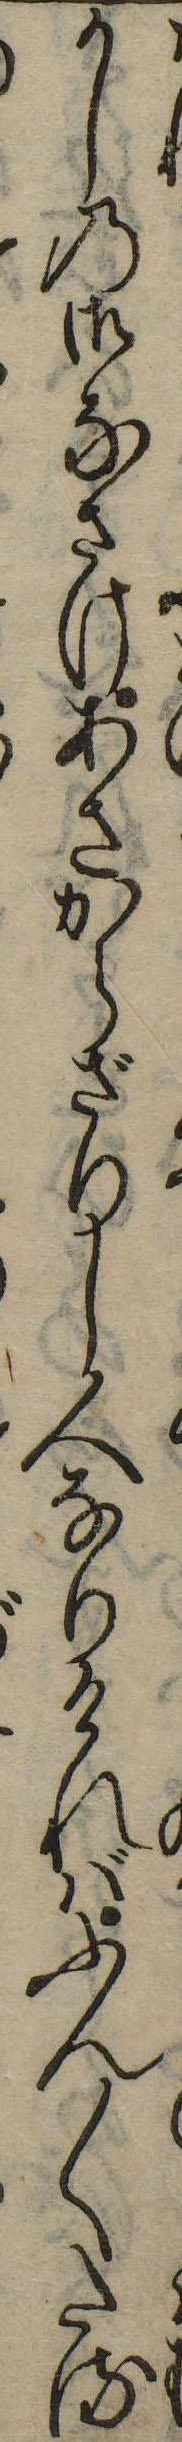
かしの御なさけあさからざりし人なりければふん〱たる